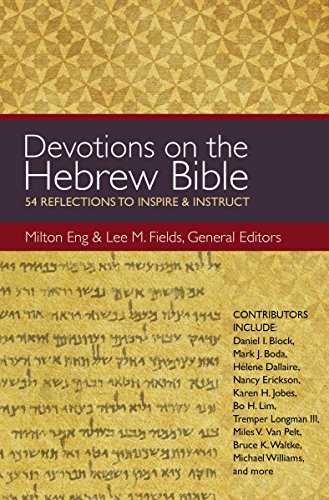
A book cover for Devotions on the Hebrew Bible: 54 Reflections to Inspire and Instruct; Christian Books & Bibles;